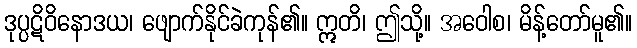
ဒုပ္ပဋိဝိနောဒယ၊ ဖျောက်နိုင်ခဲကုန်၏။ ဣတိ၊ ဤသို့။ အဝေါစ၊ မိန့်တော်မူ၏။